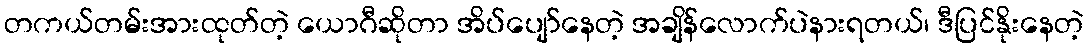
တကယ်တမ်းအားထုတ်တဲ့ ယောဂီဆိုတာ အိပ်ပျော်နေတဲ့ အချိန်လောက်ပဲနားရတယ်၊ ဒီပြင်နိုးနေတဲ့